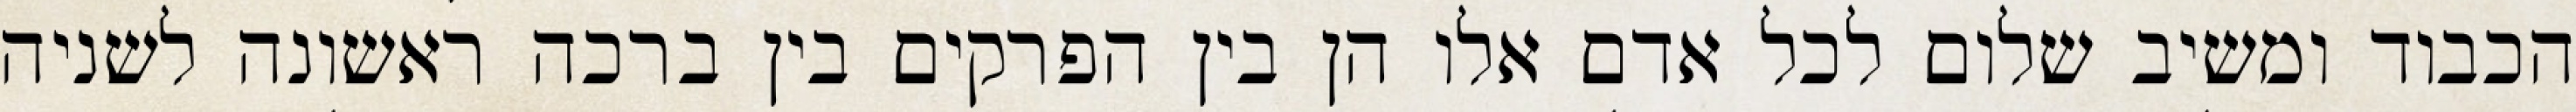
הכבוד ומשיב שלום לכל אדם אלו הן בין הפרקים בין ברכה ראשונה לשניה